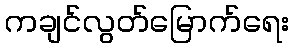
ကချင်လွတ်မြောက်ရေး